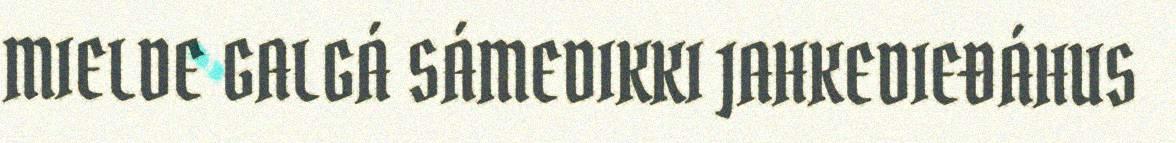
MIELDE GALGÁ SÁMEDIKKI JAHKEDIEĐÁHUS